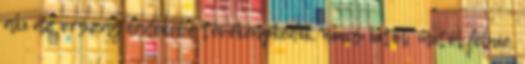
aki az ország érdekébe tevékenykedik, nincs kitől, mitől félnie.